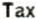
TAX